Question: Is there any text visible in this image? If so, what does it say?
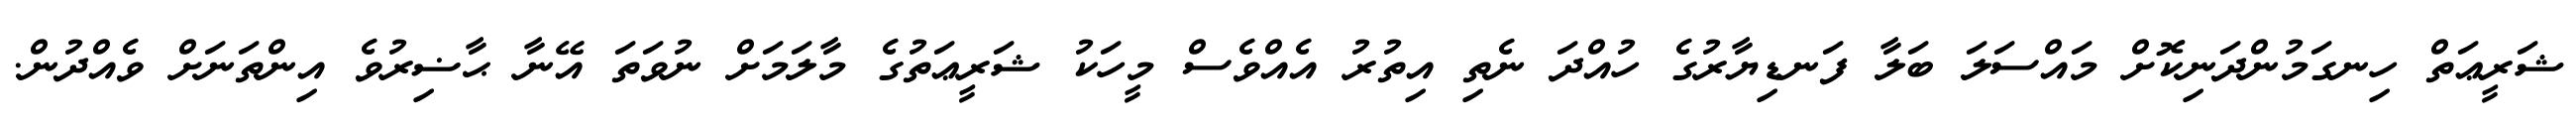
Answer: ޝަރީޢަތް ހިނގަމުންދަނިކޮށް މައްސަލަ ބަލާ ފަނޑިޔާރުގެ ހުއްދަ ނެތި އިތުރު އެއްވެސް މީހަކު ޝަރީޢަތުގެ މާލަމަށް ނުވަތަ އޭނާ ޙާޟިރުވެ އިންތަނަށް ވެއްދުން.